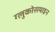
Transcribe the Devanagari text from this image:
ग्लुकोसमाइन